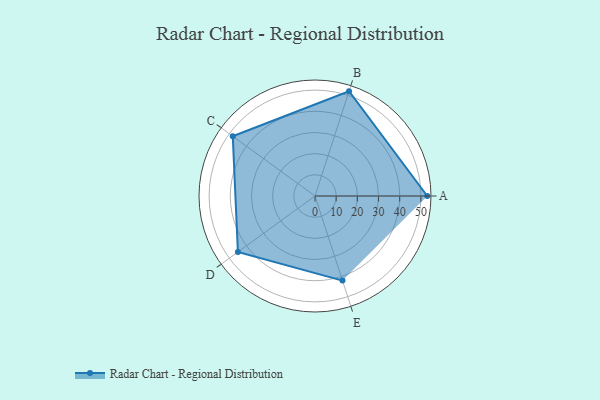
{"axis": {"x": "Skill", "y": "Score"}, "legend": ["Profile"], "data": [{"x": "A", "y": 53.0, "type": "Profile"}, {"x": "B", "y": 52.0, "type": "Profile"}, {"x": "C", "y": 48.0, "type": "Profile"}, {"x": "D", "y": 45.0, "type": "Profile"}, {"x": "E", "y": 42.0, "type": "Profile"}]}